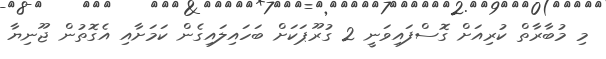
މި މުބާރާތް ކުރިއަށް ގޮސްފައިވަނީ 2 ގުރޫޕަކަށް ބަހައިލައިގެން ކަމަށާއި އެގޮތުން ޖޫނިޔާ